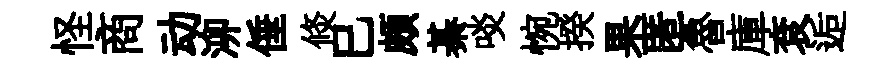
怪商动泖倕倐巳頗綦啖惋揆果匿魯庫袞逅